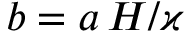
b = a \, H / \varkappa